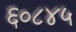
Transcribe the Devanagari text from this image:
६०८४५